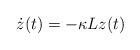
LaTeX: \begin{align*}\dot{z}(t)=-\kappa Lz(t)\end{align*}